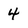
Character: 4